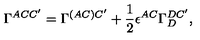
\Gamma ^ { A C C ^ { \prime } } = \Gamma ^ { ( A C ) C ^ { \prime } } + { \frac { 1 } { 2 } } \epsilon ^ { A C } \Gamma _ { D } ^ { D C ^ { \prime } } ,